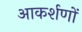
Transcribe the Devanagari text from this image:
आकर्शणों